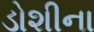
ડોશીના